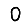
Digit: 0